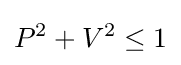
P^{2}+V^{2}\leq 1